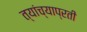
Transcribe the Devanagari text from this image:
त्यांच्याप्रती